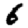
Digit: 6